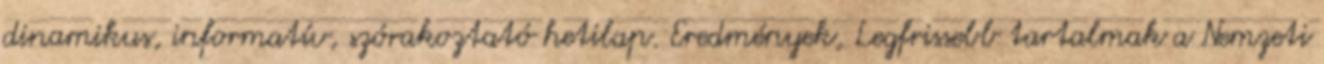
dinamikus, informatív, szórakoztató hetilap. Eredmények, Legfrissebb tartalmak a Nemzeti